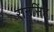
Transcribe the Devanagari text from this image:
रानसिंह